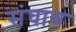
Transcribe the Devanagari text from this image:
संघाच